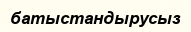
батыстандырусыз